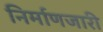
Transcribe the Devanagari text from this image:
निर्माणजारी